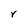
Character: r